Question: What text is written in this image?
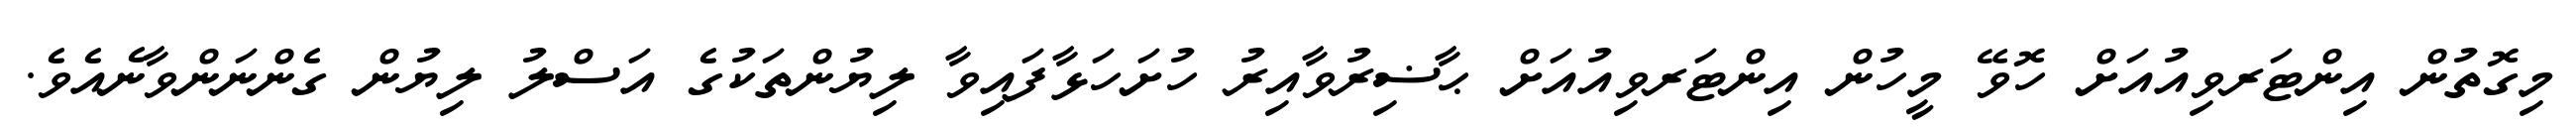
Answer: މިގޮތުން އިންޓަރވިއުއަށް ހޮވޭ މީހުން އިންޓަރވިއުއަށް ޙާޟިރުވާއިރު ހުށަހަޅާފައިވާ ލިޔުންތަކުގެ އަސްލު ލިޔުން ގެންނަންވާނެއެވެ.